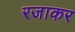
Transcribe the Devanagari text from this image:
रजाकर